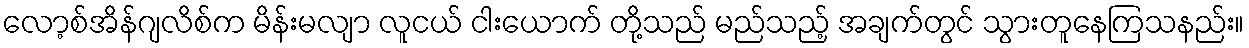
လော့စ်အိန်ဂျလိစ်က မိန်းမလျာ လူငယ် ငါးယောက် တို့သည် မည်သည့် အချက်တွင် သွားတူနေကြသနည်း။